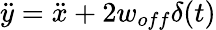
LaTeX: \ddot{y}=\ddot{x}+2w_{off}\delta(t)